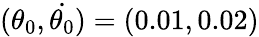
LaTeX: ({\theta}_{0},\dot{{\theta}_{0}})=(0.01,0.02)